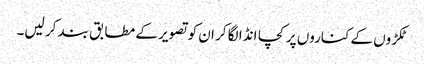
ٹکڑوں کے کناروں پر کچا انڈا لگا کر ان کو تصویر کے مطابق بند کر لیں۔